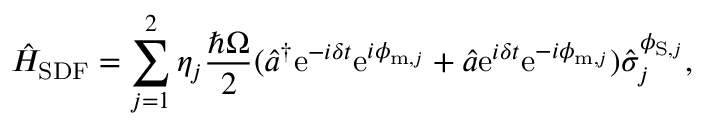
\hat { H } _ { \mathrm { S D F } } = \sum _ { j = 1 } ^ { 2 } \eta _ { j } \frac { \hbar \Omega } { 2 } ( \hat { a } ^ { \dagger } \mathrm { e } ^ { - i \delta t } \mathrm { e } ^ { i \phi _ { \mathrm { m } , j } } + \hat { a } \mathrm { e } ^ { i \delta t } \mathrm { e } ^ { - i \phi _ { \mathrm { m } , j } } ) \hat { \sigma } _ { j } ^ { \phi _ { \mathrm { S } , j } } ,